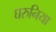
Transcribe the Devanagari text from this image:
घरुनिया